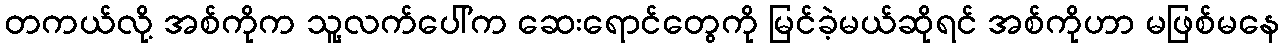
တကယ်လို့ အစ်ကိုက သူ့လက်ပေါ်က ဆေးရောင်တွေကို မြင်ခဲ့မယ်ဆိုရင် အစ်ကိုဟာ မဖြစ်မနေ